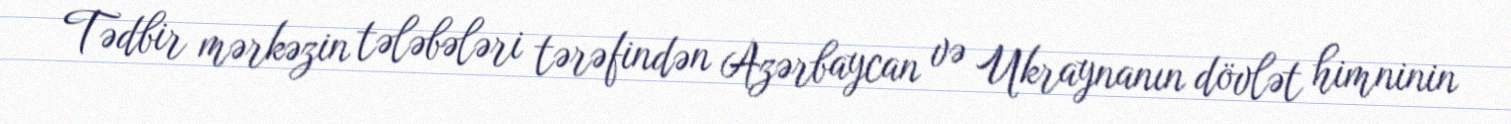
Tədbir mərkəzin tələbələri tərəfindən Azərbaycan və Ukraynanın dövlət himninin